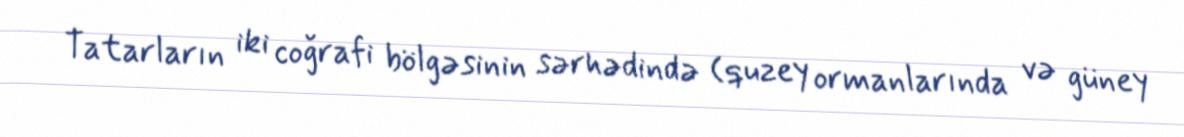
Tatarların iki coğrafi bölgəsinin sərhədində (quzey ormanlarında və güney